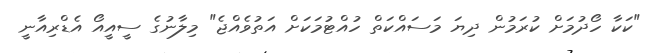
"ކަކާ ހޯދުމަށް ކުރަމުން ދިޔަ މަސައްކަތް ހުއްޓުމަކަށް އަތުވެއްޖެ" މިލާނުގެ ސީއީއޯ އެޑްރިއާނީ